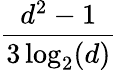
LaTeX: \frac{d^{2}-1}{3\log_{2}(d)}